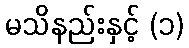
မသိနည်းနှင့် (၁)